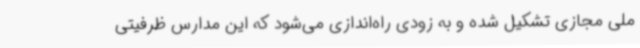
ملی مجازی تشکیل شده و به زودی راه‌اندازی می‌شود که این مدارس ظرفیتی